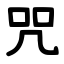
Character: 咒